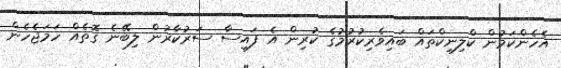
އެހެންކަމުން ކްލިނިކްތައް ބައިވެރިކުރުމުގެ ކުރިން އެ ފައިސާ ސަރުކާރުން ލިބޭނެ ގޮތެއް ހަމަޖެހެން